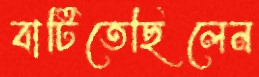
বাটিতেছিলেন